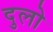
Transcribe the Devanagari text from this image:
दुलो